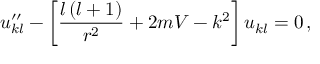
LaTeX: u _ { k l } ^ { \prime \prime } - \left[ \frac { l \left( l + 1 \right) } { r ^ { 2 } } + 2 m V - k ^ { 2 } \right] u _ { k l } = 0 \, ,